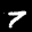
Label: 7